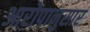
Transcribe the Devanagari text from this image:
आरोपानुसार